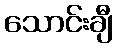
သောင်းချီ